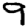
Digit: 9